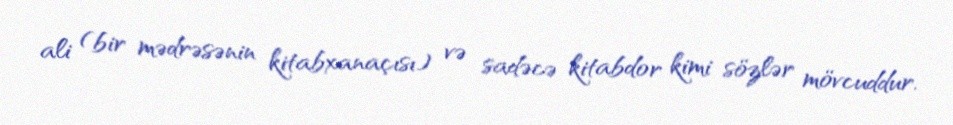
ali (bir mədrəsənin kitabxanaçısı) və sadəcə kitabdor kimi sözlər mövcuddur.